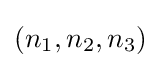
\left(n_{1},n_{2},n_{3}\right)\,\!